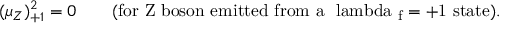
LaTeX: ( \mu _ { Z } ) _ { + 1 } ^ { 2 } = 0 \qquad \mathrm { ( f o r ~ Z ~ b o s o n ~ e m i t t e d ~ f r o m ~ a ~ \ l a m b d a ~ _ { f } = + 1 ~ s t a t e ) . }